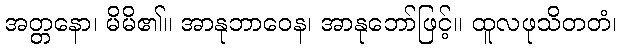
အတ္တနော၊ မိမိ၏။ အာနုဘာဝေန၊ အာနုဘော်ဖြင့်။ ထူလဖုသိတတံ၊